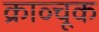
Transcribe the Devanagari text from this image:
क्राव्चूक